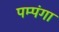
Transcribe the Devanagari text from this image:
पम्पंगा